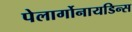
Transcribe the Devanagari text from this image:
पेलार्गोनायडिन्स